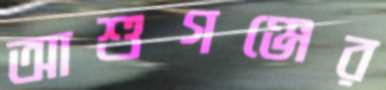
আশুগঞ্জের